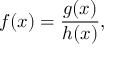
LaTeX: f ( x ) = { \frac { g ( x ) } { h ( x ) } } ,